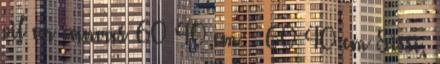
oil on canvas 60×40 cm 60×40 cm Sissi,